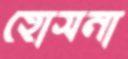
হোসনা